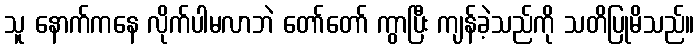
သူ နောက်ကနေ လိုက်ပါမလာဘဲ တော်တော် ကွာပြီး ကျန်ခဲ့သည်ကို သတိပြုမိသည်။